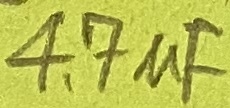
Text: 4,7µF